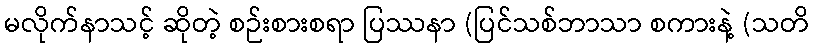
မလိုက်နာသင့် ဆိုတဲ့ စဉ်းစားစရာ ပြဿနာ (ပြင်သစ်ဘာသာ စကားနဲ့ (သတိ